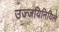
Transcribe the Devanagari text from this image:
उज्जयिनियिले